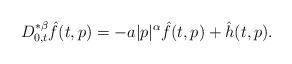
LaTeX: \begin{align*}D^{* \beta}_{0,t}\hat{f}(t,p)=-a|p|^{\alpha}\hat{f}(t,p) + \hat{h}(t,p).\end{align*}